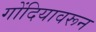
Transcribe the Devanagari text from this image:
गोंदियावरून